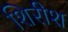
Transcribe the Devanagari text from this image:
शिरीश